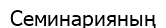
Семинарияның